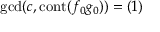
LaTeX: \operatorname* { g c d } ( c , \operatorname { c o n t } ( f _ { 0 } g _ { 0 } ) ) = ( 1 )